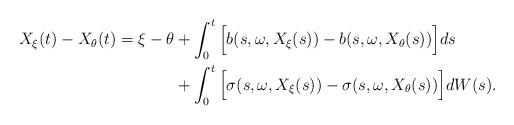
LaTeX: \begin{align*}X_{\xi} (t) - X_{\theta} (t) = \xi-\theta &+ \int_0^t \Big[ b(s, \omega, X_{\xi}(s)) - b(s, \omega, X_{\theta}(s))\Big] ds\\&+\int_0^t \Big[ \sigma(s, \omega, X_{\xi}(s)) - \sigma(s, \omega, X_{\theta}(s))\Big] dW(s). \end{align*}